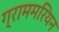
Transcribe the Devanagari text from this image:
ग्राममरियन